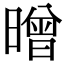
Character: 㬝